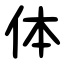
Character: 体